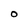
Character: 0